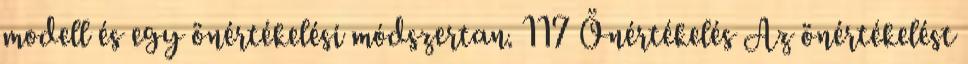
modell és egy önértékelési módszertan. 117 Önértékelés Az önértékelést